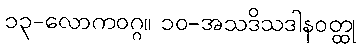
၁၃-လောကဝဂ္ဂ။ ၁၀-အသဒိသဒါနဝတ္ထု